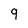
Character: 9